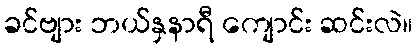
ခင်ဗျား ဘယ်နှနာရီ ကျောင်း ဆင်းလဲ။